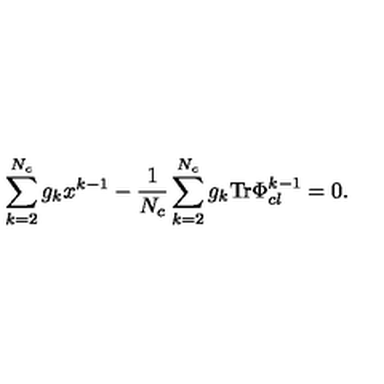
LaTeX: \sum _ { k = 2 } ^ { N _ { c } } g _ { k } x ^ { k - 1 } - \frac { 1 } { N _ { c } } \sum _ { k = 2 } ^ { N _ { c } } g _ { k } \mathrm { T r } \Phi _ { c l } ^ { k - 1 } = 0 .